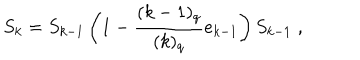
LaTeX: S _ { k } = S _ { k - 1 } \left( 1 - \frac { ( k - 1 ) _ { q } } { ( k ) _ { q } } e _ { k - 1 } \right) S _ { k - 1 } \; ,